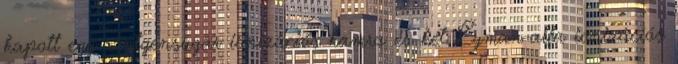
kapott egy röntgensugár ionizációs kamra és két Lyman-alfa ionizációs